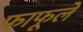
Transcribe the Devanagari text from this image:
फाफूले